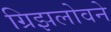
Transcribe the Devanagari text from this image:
ग्रिझलोवने